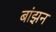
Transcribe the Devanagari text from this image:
बांझन